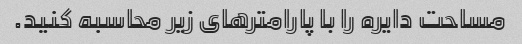
مساحت دایره را با پارامترهای زیر محاسبه کنید.